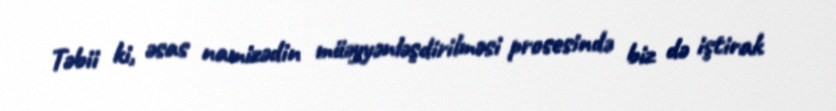
Təbii ki, əsas namizədin müəyyənləşdirilməsi prosesində biz də iştirak